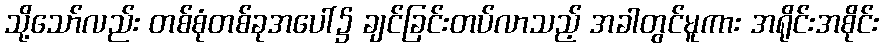
သို့သော်လည်း တစ်စုံတစ်ခုအပေါ်၌ ချင်ခြင်းတပ်လာသည့် အခါတွင်မူကား အရိုင်းအစိုင်း